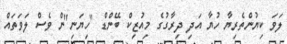
ލަވަ ކިޔުންތެރިޔާ ހުޔާ އަދި ދިރާގުގެ މިއުޒިކް ބޭންޑް "ހިޔަނި"ން ވެސް ލަވަތައް